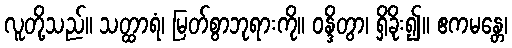
လူတို့သည်။ သတ္ထာရံ၊ မြတ်စွာဘုရားကို။ ဝန္ဒိတွာ၊ ရှိခိုး၍။ ဧကမန္တေ၊